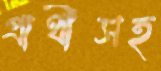
প্রার্থীসহ